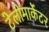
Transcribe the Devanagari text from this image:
टेलीमार्केटर